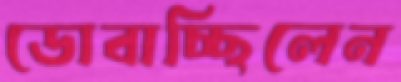
ডোবাচ্ছিলেন